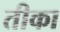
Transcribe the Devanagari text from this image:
तीका